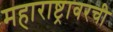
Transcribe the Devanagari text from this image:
महाराष्ट्रावरची